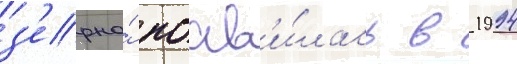
з'ерна́ поав'и́лась в 1994